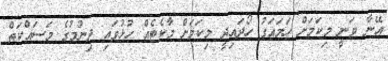
އޭނާ ވަނީ މިކަމަށް ހަމައަގު ހޯދައިދީ މިކަމަށް މާކެޓެއް ހުޅުވައި ދިނުމުގެ މަސައްކަތް